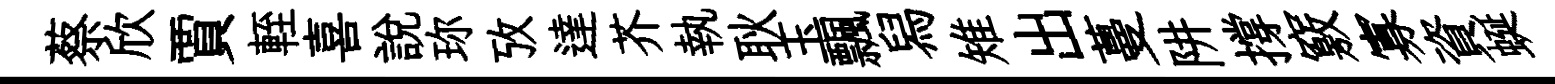
蔡欣賈輊喜説珎攷達芥執耿玉飄舄雉出蔓阱撐竅寡資蜒